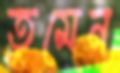
তুমেন